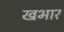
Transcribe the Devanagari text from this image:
खभार